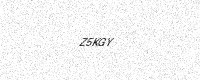
Text: Z5KGY